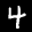
Label: 4